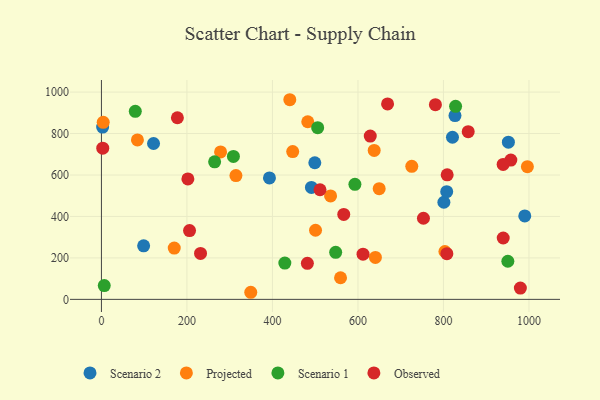
{"axis": {"x": "Investment", "y": "Fuel Efficiency"}, "legend": ["Observed", "Projected", "Scenario 1", "Scenario 2"], "data": [{"x": "801.0", "y": 468.5, "type": "Scenario 2"}, {"x": "821.1", "y": 782.1, "type": "Scenario 2"}, {"x": "491.2", "y": 539.9, "type": "Scenario 2"}, {"x": "393.0", "y": 585.8, "type": "Scenario 2"}, {"x": "499.1", "y": 659.1, "type": "Scenario 2"}, {"x": "2.8", "y": 831.3, "type": "Scenario 2"}, {"x": "990.2", "y": 402.3, "type": "Scenario 2"}, {"x": "951.9", "y": 758.4, "type": "Scenario 2"}, {"x": "121.9", "y": 751.9, "type": "Scenario 2"}, {"x": "807.6", "y": 519.4, "type": "Scenario 2"}, {"x": "98.7", "y": 258.1, "type": "Scenario 2"}, {"x": "827.0", "y": 886.5, "type": "Scenario 2"}, {"x": "640.8", "y": 202.2, "type": "Projected"}, {"x": "84.2", "y": 769.1, "type": "Projected"}, {"x": "170.3", "y": 247.4, "type": "Projected"}, {"x": "803.4", "y": 230.8, "type": "Projected"}, {"x": "500.8", "y": 333.4, "type": "Projected"}, {"x": "482.6", "y": 856.8, "type": "Projected"}, {"x": "349.3", "y": 34.2, "type": "Projected"}, {"x": "4.2", "y": 854.2, "type": "Projected"}, {"x": "725.9", "y": 641.7, "type": "Projected"}, {"x": "559.3", "y": 104.2, "type": "Projected"}, {"x": "649.7", "y": 534.1, "type": "Projected"}, {"x": "440.6", "y": 963.1, "type": "Projected"}, {"x": "996.3", "y": 640.1, "type": "Projected"}, {"x": "314.6", "y": 597.3, "type": "Projected"}, {"x": "536.0", "y": 499.1, "type": "Projected"}, {"x": "447.4", "y": 713.0, "type": "Projected"}, {"x": "638.0", "y": 718.3, "type": "Projected"}, {"x": "278.7", "y": 711.4, "type": "Projected"}, {"x": "429.0", "y": 175.1, "type": "Scenario 1"}, {"x": "308.7", "y": 689.7, "type": "Scenario 1"}, {"x": "79.2", "y": 907.3, "type": "Scenario 1"}, {"x": "828.4", "y": 931.3, "type": "Scenario 1"}, {"x": "950.6", "y": 183.9, "type": "Scenario 1"}, {"x": "264.8", "y": 663.3, "type": "Scenario 1"}, {"x": "592.9", "y": 555.2, "type": "Scenario 1"}, {"x": "547.9", "y": 226.9, "type": "Scenario 1"}, {"x": "6.6", "y": 66.7, "type": "Scenario 1"}, {"x": "505.8", "y": 828.3, "type": "Scenario 1"}, {"x": "481.7", "y": 173.7, "type": "Observed"}, {"x": "669.3", "y": 942.8, "type": "Observed"}, {"x": "628.8", "y": 787.9, "type": "Observed"}, {"x": "979.9", "y": 54.3, "type": "Observed"}, {"x": "611.9", "y": 217.8, "type": "Observed"}, {"x": "566.8", "y": 409.7, "type": "Observed"}, {"x": "939.8", "y": 296.1, "type": "Observed"}, {"x": "781.2", "y": 939.0, "type": "Observed"}, {"x": "206.1", "y": 331.9, "type": "Observed"}, {"x": "202.2", "y": 581.1, "type": "Observed"}, {"x": "177.7", "y": 876.1, "type": "Observed"}, {"x": "808.0", "y": 220.5, "type": "Observed"}, {"x": "3.1", "y": 729.6, "type": "Observed"}, {"x": "753.2", "y": 391.3, "type": "Observed"}, {"x": "808.7", "y": 600.6, "type": "Observed"}, {"x": "511.3", "y": 528.9, "type": "Observed"}, {"x": "857.9", "y": 808.8, "type": "Observed"}, {"x": "957.6", "y": 671.9, "type": "Observed"}, {"x": "231.8", "y": 221.7, "type": "Observed"}, {"x": "939.6", "y": 651.0, "type": "Observed"}]}